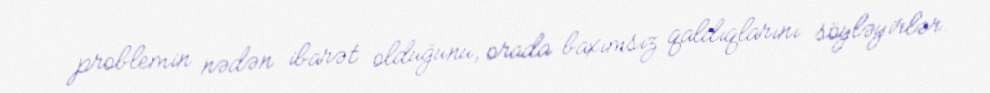
problemin nədən ibarət olduğunu, orada baxımsız qaldıqlarını söyləyirlər.